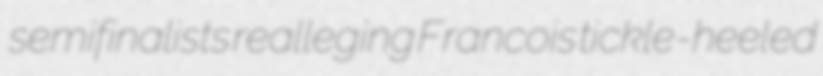
semifinalists realleging Francois tickle-heeled